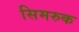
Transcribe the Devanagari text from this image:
सिमरुक